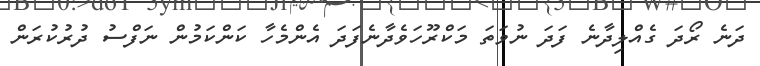
ދަނެ ރޯދަ ގެއްލިދާނެ ފަދަ ނުވަތަ މަކްރޫހަވެދާނެފަދަ އެންމެހާ ކަންކަމުން ނަފްސު ދުރުކުރަން